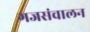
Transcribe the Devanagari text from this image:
गजसंचालन